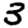
Digit: 3